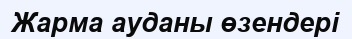
Жарма ауданы өзендері